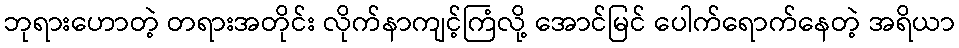
ဘုရားဟောတဲ့ တရားအတိုင်း လိုက်နာကျင့်ကြံလို့ အောင်မြင် ပေါက်ရောက်နေတဲ့ အရိယာ